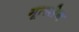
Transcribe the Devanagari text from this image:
मूलसेन